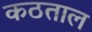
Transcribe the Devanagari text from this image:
कठताल